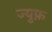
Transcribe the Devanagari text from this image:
ज्युफ़